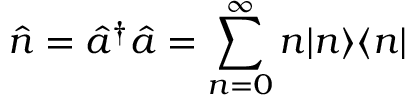
\hat { n } = \hat { a } ^ { \dag } \hat { a } = \sum _ { n = 0 } ^ { \infty } n | n \rangle \langle n |